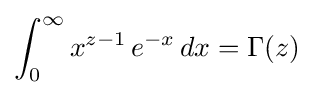
\int _{0}^{\infty }x^{z-1}\,e^{-x}\,dx=\Gamma (z)